Report by Surgeon-Major Lyons, I.M.S., President of the Plague Research Committee - Part I
Disease focus: Plague
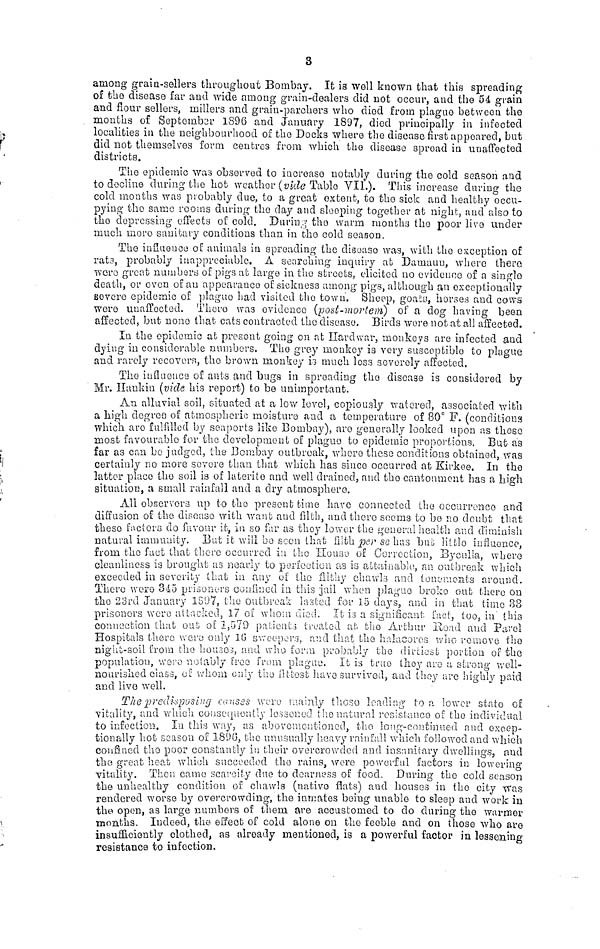
3
among grain-sellers throughout Bombay. It is well known that this spreading
of the disease far and wide among grain-dealers did not occur, and the 64 grain
and flour sellers, millers and grain-parchers who died from plague between the
mouths of September 1896 and January 1897, died principally in infected
localities in the neighbourhood of the Docks where the disease first appeared, but
did not themselves form centres from which the disease spread in unaffected
districts.
The epidemic was observed to increase notably during the cold season and
to decline during the hob weather (vide Table VIL). This increase during the
cold months was probably due, to a groat extent, to the sick and healthy occu-
pying the same rooms during the day and sleeping together at night, and also to
the depressing effects of cold. During the warm months the poor live under
much inoro sanitary conditions than in the cold season.
The influence of animals in spreading the disease was, with the exception of
rats, probably inappreciable. A searching inquiry at Damaun, where there
were great numbers of pigs at large in the streets, elicited no evidence of a single
death, or even of an appearance of sickness among pigs, although an exceptionally
severe epidemic of plague had visited the town. Sheep, goats, horses and cows
were unaffected. There was evidence (post-mortem) of a dog having been
affected, but none that cats contracted the disease. Birds were not at all affected.
In the epidemic at present going on at Hardwar, monkeys are infected and
dying in considerable numbers. The grey monkey is very susceptible to plague
and rarely recovers, the brown monkey is much less severely affected.
The influence of ants and bugs in spreading the disease is considered by
Mr. Hankin (vide his report) to be unimportant,
An alluvial soil, situated at a low level, copiously watered, associated with
a high degree of atmospheric moisture and a temperature of 80° F. (conditions
which are fulfilled by seaports like Bombay), are generally looked upon as those
most favourable for the development of plague to epidemic proportions. But as
far as can bo judged, the Bombay outbreak, where these conditions obtained, was
certainly no more severe than that which has since occurred at Kirkee. In the
latter place the soil is of laterite and well drained, and the cantonment has a high
situation, a small rainfall and a dry atmosphere.
All observers up to the present time have connected the occurrence and
diffusion of the disease with want and filth, and there seems to be no doubt that
these factors do favour it, in so far as they lower the general health and diminish
natural immunity. But it will bo seen that filth per se has but little influence,
from the fact that there occurred in the House of Correction, Byculla, where
cleanliness is brought as nearly to perfection as is attainable, an outbreak which
exceeded in severity that in any of the filthy chawls and tenements around.
There were 345 prisoners confined in this jail when plague broke out there on
the 23rd January 1897, the outbreak lasted for 15 days, and in that time 88
prisoners were attacked, 17 of whom died. It is a significant fact, too, in this
connection that out of 1.570 patients treated at the Arthur Road, and Parel
Hospitals there were only 10 sweepers, and that the halacores who remove the
night-soil from the houses, and who form probably the dirtiest portion of the
population, were notably free from plague. It is true they are a strong well-
nourished class, of whom only the fittest have survived, and they are highly paid
and live well.
The predisposing causes were mainly those leading to a lower state of
vitality, and which consequently lessened the natural resistance of the individual
to infection. In this way, as above mentioned, the long-continued and excep-
tionally hot season of 1896, the unusually heavy rainfall which followed and which
confined the poor constantly in their overcrowded and insanitary dwellings, and
the great heat which succeeded the rains, were powerful factors in lowering
vitality. Then came scarcity due to dearness of food. During the cold season
the unhealthy condition of chawls (native flats) and houses in the city was
rendered worse by overcrowding, the inmates being unable to sleep and work in
the opon, as large numbers of them are accustomed to do during the warmer
months. Indeed, the effect of cold alone on the feeble and on those who are
insufficiently clothed, as already mentioned, is a powerful factor in lessening
resistance to infection.